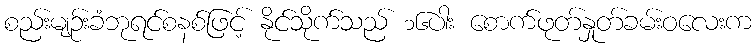
စည်းမျဉ်းခံဘုရင်စနစ်ဖြင့် နိုင်သိုက်သည် ၁၆ပါး စောက်ဖုတ်နှုတ်ခမ်းဝလေးက